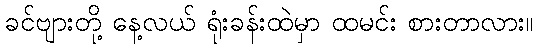
ခင်ဗျားတို့ နေ့လယ် ရုံးခန်းထဲမှာ ထမင်း စားတာလား။